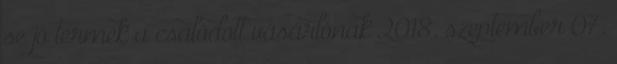
se jó termék a csalódott vásárlónak 2018. szeptember 07.